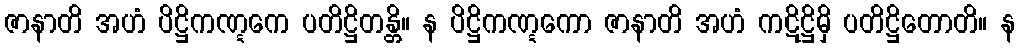
ဇာနာတိ အဟံ ပိဋ္ဌိကဏ္ဋကေ ပတိဋ္ဌိတန္တိ။ န ပိဋ္ဌိကဏ္ဋကော ဇာနာတိ အဟံ ကဋိဋ္ဌိမှိ ပတိဋ္ဌိတောတိ။ န